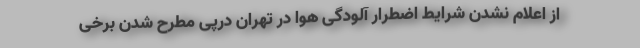
از اعلام نشدن شرایط اضطرار آلودگی هوا در تهران درپی مطرح شدن برخی